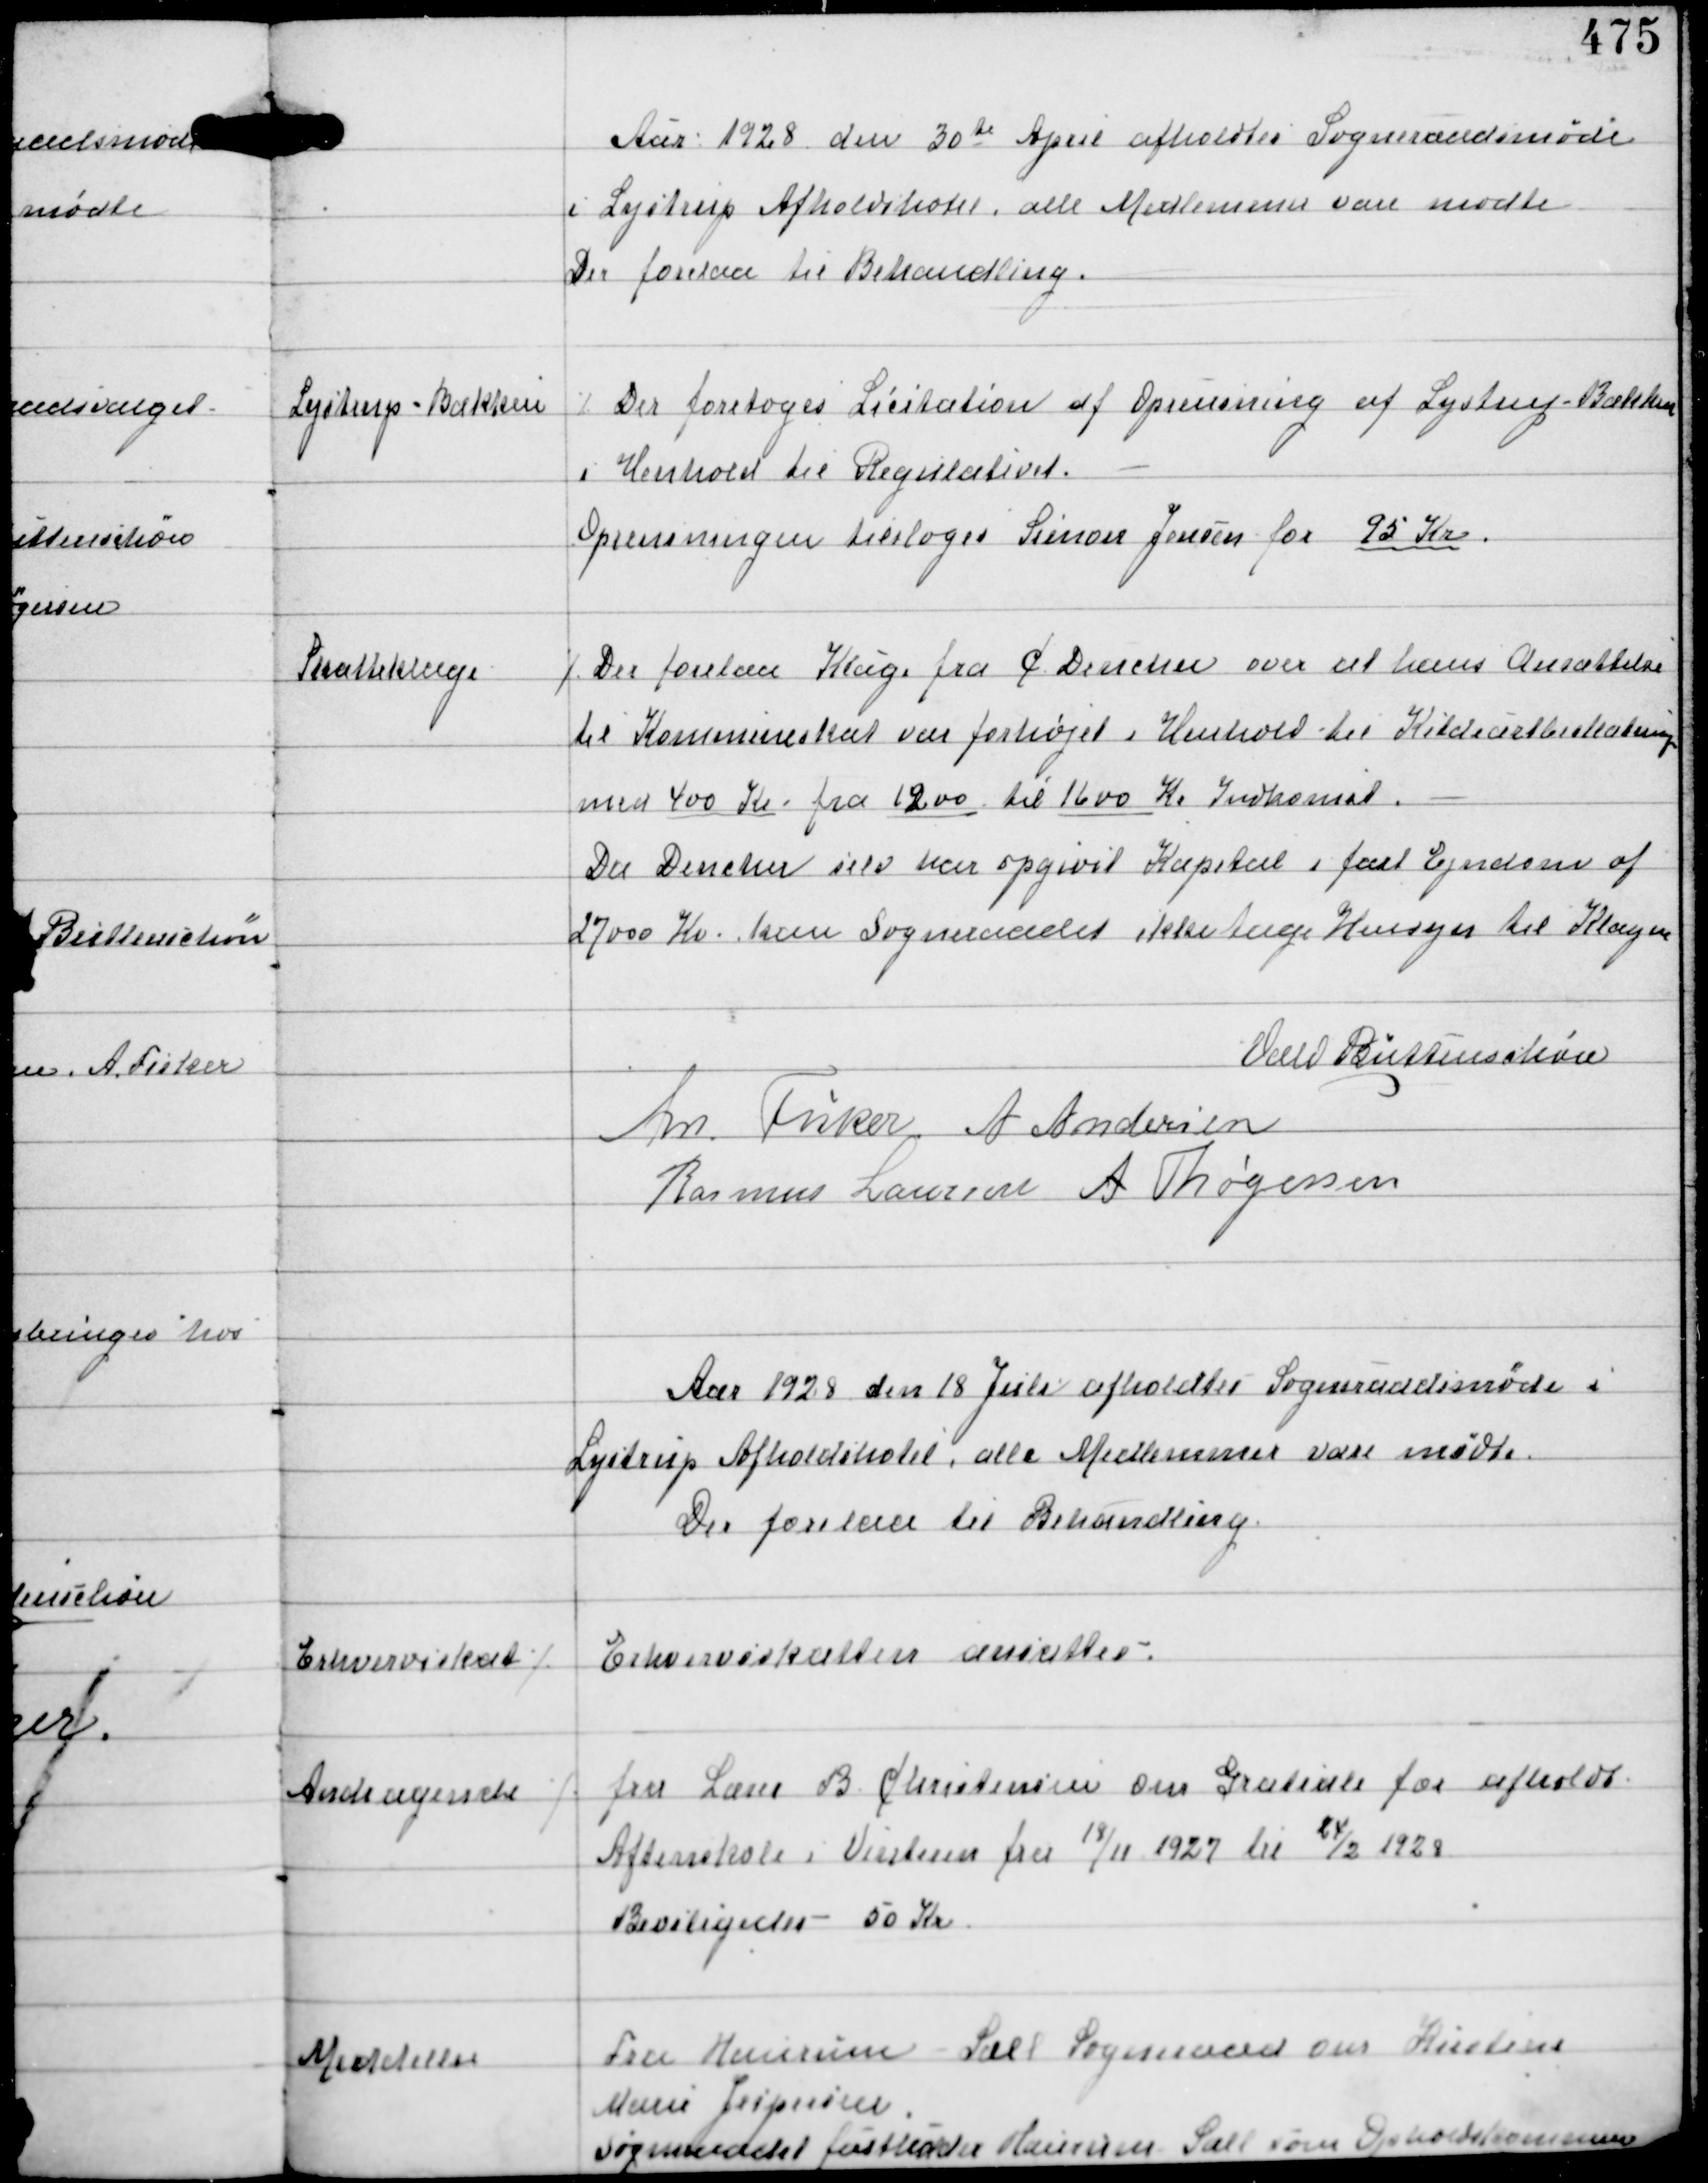
Transskription:
Aar 1928 den 30te April afholdtes Sogneraadsmøde
i Lystrup Afholdshotel, alle Medlemmer vare mødte
Der forelaa til Behandling.

Lystrup-Bækken

⁒ Der foretoges Licitation af Oprensningen af Lystrup-Bækken
i Henhold til Regulativet.
Oprensningen tilsloges Simon Jensen for 95 Kr.

Skatteklage

⁒ Der forelaa Klage fra C Dencker over at hans Ansættelse
til Kommuneskat var forhøjet i Henhold til Kildeartbeskatningen
med 400 Kr fra 1200 til 1600 Kr Indkomst.
Da Dencker selv har opgivet Kapital i fast Ejendom af
27000 Kr kan Sogneraadet ikke tage Hensyn til Klagen

Vald Buttenschøn
An Fisker A Andersen
Rasmus Laursen A Thøgersen

Aar 1928 den 18 Juli afholdtes Sogneraadsmøde i
Lystrup Afholdshotel, alle Medlemmer vare mødte.
Der forelaa til Behandling.

Erhvervsskat ⁒

Erhvervsskatten ansattes.

Andragende ⁒

fra Lærer B. Christensen om Gratiale for afholdt
Aftenskole i Vinteren fra 18/11 1927 til 24/2 1928
Bevilligedes 50 Kr

Meddelelse

Fra Haurum - Sall Sogneraad om Kirstine
Marie Jespersen
Sogneraadet fastholder Haurum - Sall som Opholdskommune